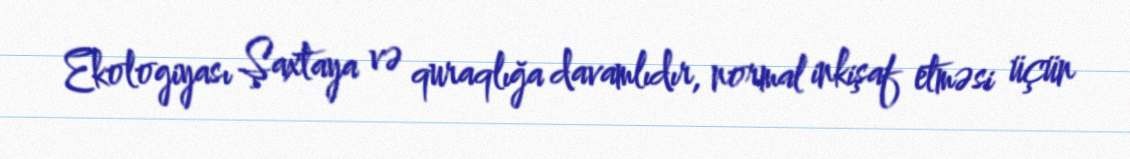
Ekologiyası Şaxtaya və quraqlığa davamlıdır, normal inkişaf etməsi üçün